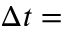
\Delta t =